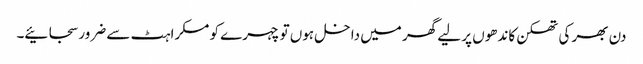
دن بھر کی تھکن کاندھوں پر لیے گھر میں داخل ہوں تو چہرے کو مسکراہٹ سے ضرور سجائیے۔